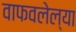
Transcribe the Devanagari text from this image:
वाफवलेल्या